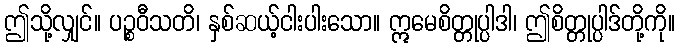
ဤသို့လျှင်။ ပဉ္စဝီသတိ၊ နှစ်ဆယ့်ငါးပါးသော။ ဣမေစိတ္တုပ္ပါဒါ၊ ဤစိတ္တုပ္ပါဒ်တို့ကို။